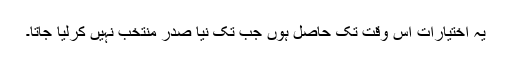
یہ اختیارات اس وقت تک حاصل ہوں جب تک نیا صدر منتخب نہیں کرلیا جاتا۔